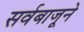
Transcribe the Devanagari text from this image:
सर्वबाजूने